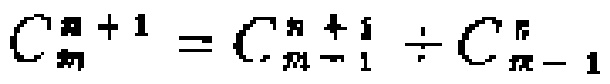
\[C_{m}^{n + 1}=C_{m - 1}^{n + 1}\div C_{m - 1}^{n}\]